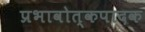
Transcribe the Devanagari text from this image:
प्रभावोत्कपादक